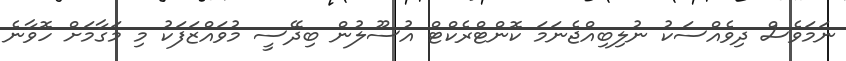
ނަމަވެސް ދިވެއްސަކު ނުލިބިއްޖެނަމަ ކޮންޓްރެކްޓް އުސޫލުން ބިދޭސީ މުވައްޒަފަކު މި މަގާމަށް ހޮވާނެ